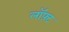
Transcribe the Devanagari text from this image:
लॉफ़्ट